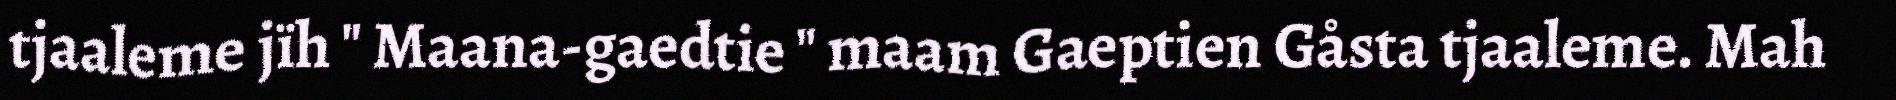
tjaaleme jïh " Maana-gaedtie " maam Gaeptien Gåsta tjaaleme. Mah